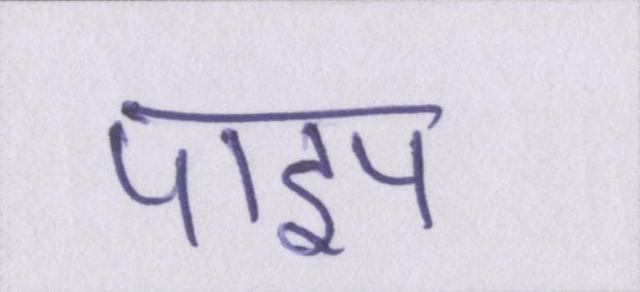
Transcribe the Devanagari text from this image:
पाइप